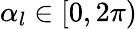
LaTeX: \alpha_{l}\in[0,2\pi)